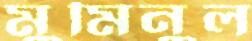
মুমিনুল